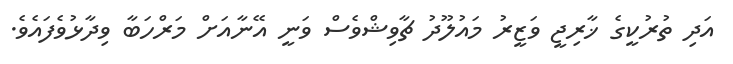
އަދި ތުރުކީގެ ޚާރިޖީ ވަޒީރު މައުލޫދު ޗާވިޝްވެސް ވަނީ އޭނާއަށް މަރްހަބާ ވިދާޅުވެފައެވެ.